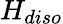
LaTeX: H_{diso}